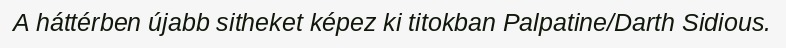
A háttérben újabb sitheket képez ki titokban Palpatine/Darth Sidious.